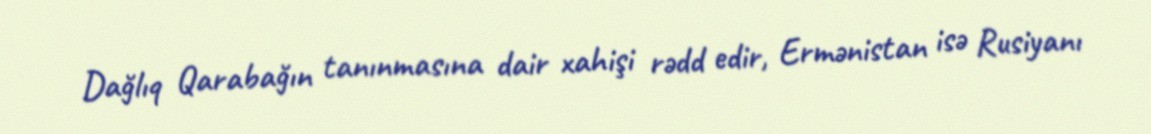
Dağlıq Qarabağın tanınmasına dair xahişi rədd edir, Ermənistan isə Rusiyanı